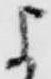
よ